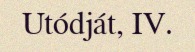
Utódját, IV.